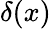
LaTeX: \delta(x)